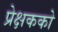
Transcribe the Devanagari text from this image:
प्रेक्षकको